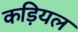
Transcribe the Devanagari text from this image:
कड़ियल